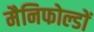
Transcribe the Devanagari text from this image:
मैनिफोल्डों